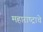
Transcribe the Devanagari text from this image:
महाराष्‍ट्राचे